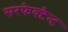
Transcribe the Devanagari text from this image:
सरफेक्टैन्ट